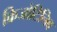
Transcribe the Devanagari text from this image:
क्रिजोटिनिब